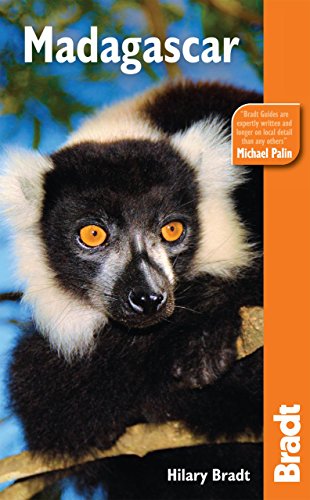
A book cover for Madagascar, 10th: The Bradt Travel Guide; Hilary Bradt; Travel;